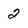
Character: 2